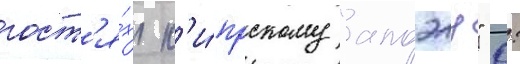
гост'я́х к'и́прскому "апоэлу" 0: